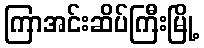
ကြာအင်းဆိပ်ကြီးမြို့